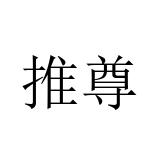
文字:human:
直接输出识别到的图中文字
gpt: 推尊